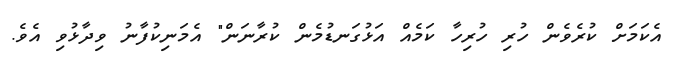
އެކަމަށް ކުރެވެން ހުރި ހުރިހާ ކަމެއް އަޅުގަނޑުމެން ކުރާނަން" އެމަނިކުފާނު ވިދާޅުވި އެވެ.